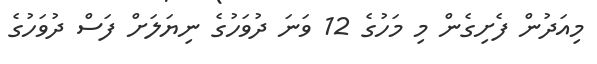
މިއަދުން ފެށިގެން މި މަހުގެ 12 ވަނަ ދުވަހުގެ ނިޔަލަށް ފަސް ދުވަހުގެ